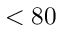
< 8 0